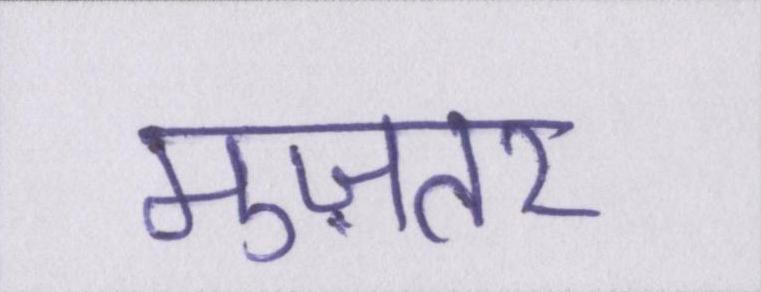
मुज़तर